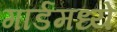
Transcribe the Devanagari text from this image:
गार्डमध्ये